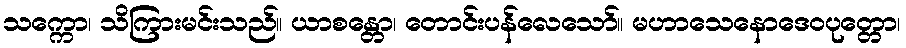
သက္ကော၊ သိကြားမင်းသည်။ ယာစန္တော၊ တောင်းပန်လေသော်။ မဟာသေနောဒေဝပုတ္တော၊